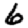
Digit: 6